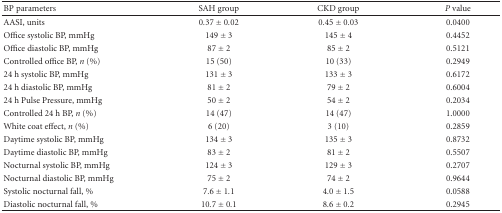
<table><thead><tr><td><b>BP parameters</b></td><td><b>SAH group</b></td><td><b>CKD group</b></td><td><b><i>P</i> value</b></td></tr></thead><tbody><tr><td>AASI, units</td><td>0.37 ± 0.02</td><td>0.45 ± 0.03</td><td>0.0400</td></tr><tr><td>Office systolic BP, mmHg</td><td>149 ± 3</td><td>145 ± 4</td><td>0.4452</td></tr><tr><td>Office diastolic BP, mmHg</td><td>87 ± 2</td><td>85 ± 2</td><td>0.5121</td></tr><tr><td>Controlled office BP, <i>n</i> (%)</td><td>15 (50)</td><td>10 (33)</td><td>0.2949</td></tr><tr><td>24 h systolic BP, mmHg</td><td>131 ± 3</td><td>133 ± 3</td><td>0.6172</td></tr><tr><td>24 h diastolic BP, mmHg</td><td>81 ± 2</td><td>79 ± 2</td><td>0.6004</td></tr><tr><td>24 h Pulse Pressure, mmHg</td><td>50 ± 2</td><td>54 ± 2</td><td>0.2034</td></tr><tr><td>Controlled 24 h BP, <i>n</i> (%)</td><td>14 (47)</td><td>14 (47)</td><td>1.0000</td></tr><tr><td>White coat effect, <i>n</i> (%)</td><td>6 (20)</td><td>3 (10)</td><td>0.2859</td></tr><tr><td>Daytime systolic BP, mmHg</td><td>134 ± 3</td><td>135 ± 3</td><td>0.8732</td></tr><tr><td>Daytime diastolic BP, mmHg</td><td>83 ± 2</td><td>81 ± 2</td><td>0.5507</td></tr><tr><td>Nocturnal systolic BP, mmHg</td><td>124 ± 3</td><td>129 ± 3</td><td>0.2707</td></tr><tr><td>Nocturnal diastolic BP, mmHg</td><td>75 ± 2</td><td>74 ± 2</td><td>0.9644</td></tr><tr><td>Systolic nocturnal fall, %</td><td>7.6 ± 1.1</td><td>4.0 ± 1.5</td><td>0.0588</td></tr><tr><td>Diastolic nocturnal fall, %</td><td>10.7 ± 0.1</td><td>8.6 ± 0.2</td><td>0.2945</td></tr></tbody></table>